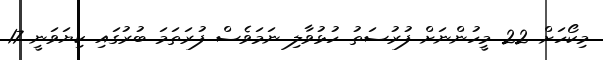
މިކޯހަށް 22 މީހުންނަށް ފުރުސަތު ހުޅުވާލި ނަމަވެސް ފުރަތަމަ ބުރުގައި ކިޔަވަނީ 17